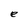
Character: e